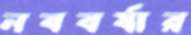
নববর্ষার